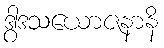
ဒွါဒသယောဇနာနိ